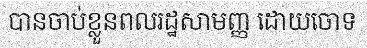
បានចាប់ខ្លួនពលរដ្ឋសាមញ្ញ ដោយចោទ